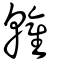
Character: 雗